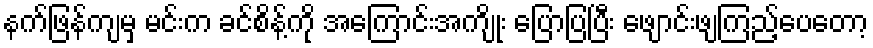
နက်ဖြန်ကျမှ မင်းက ခင်စိန့်ကို အကြောင်းအကျိုး ပြောပြပြီး ဖျောင်းဖျကြည့်ပေတော့